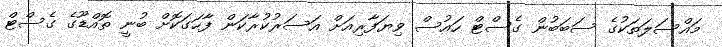
މައްސަލަތަކުގެ ސަބަބުން ގެސްޓް ހައުސް ވިޔަފާރިއަށް އަސަރުކުރާކަން ފާހަގަކޮށް ބުނީ ތޮއްޑޫގެ ގެސްޓް